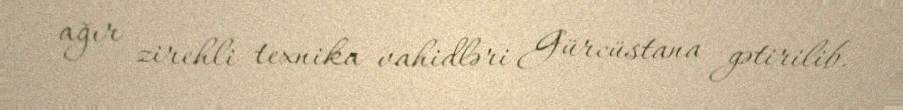
ağır zirehli texnika vahidləri Gürcüstana gətirilib.